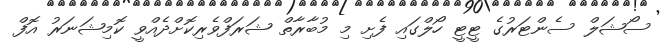
ސޯޝަލް ސެންޓަރުގެ ޓީޓީ ހޯލްގައި ފެށި މި މުބާރާތް ޝަރަފްވެރިކޮށްދެއްވީ ކޮމިޝަނަރު އޮފް